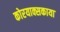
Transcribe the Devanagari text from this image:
कोरयाक्सकाया